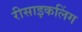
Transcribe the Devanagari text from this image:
रीसाइकलिंग